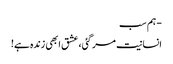
- ہم سب
انسانیت مر گئی، عشق ابھی زندہ ہے!